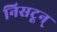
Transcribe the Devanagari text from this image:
निसटून्